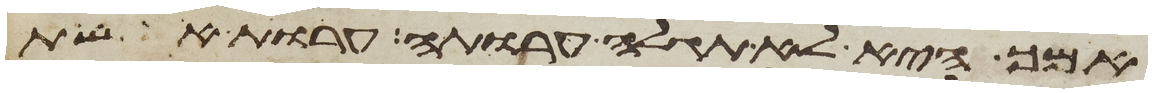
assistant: אמך היא לא תגלה ערותה ערות אשת